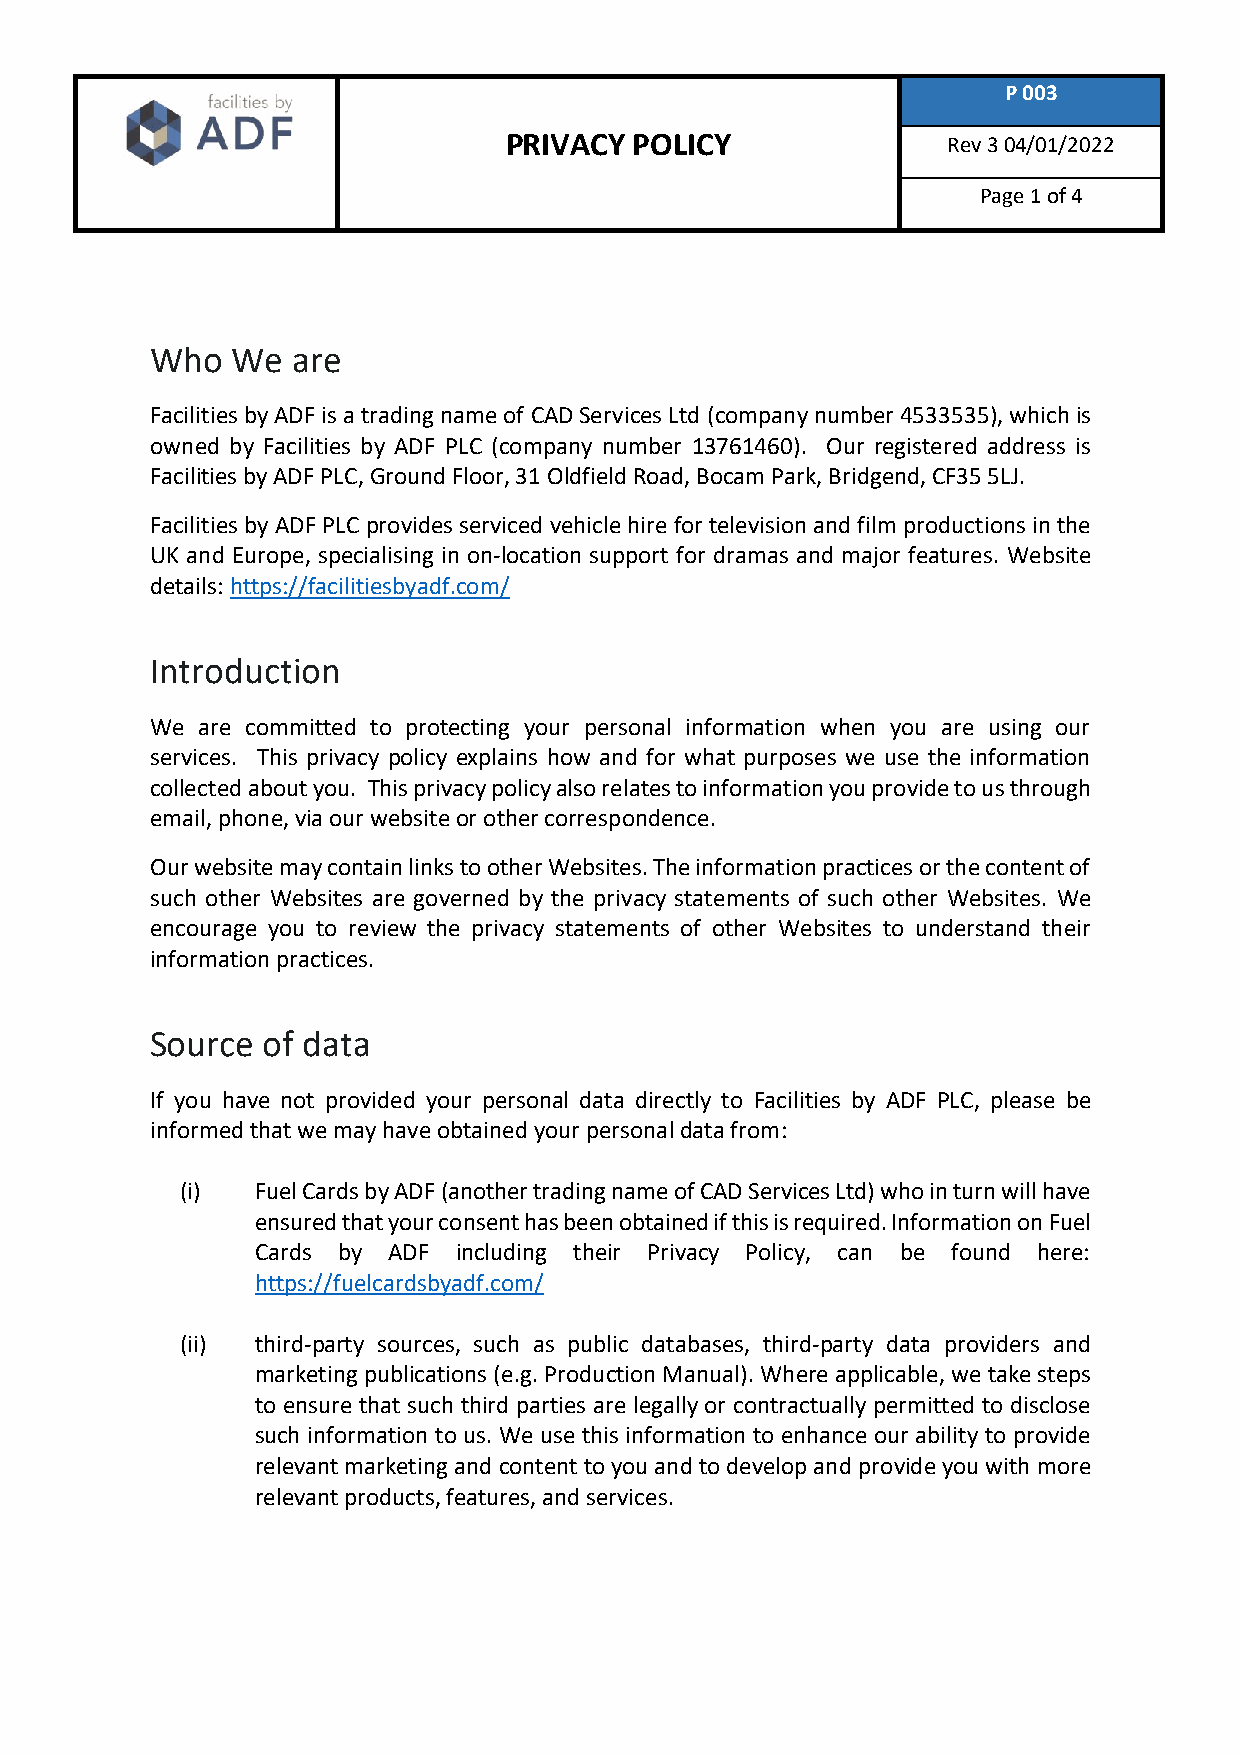
P 003
 PRIVACY  POLICY               Rev 3 04/01/2022
 Page 1 of 4
 Who  We  are
 Facilities by ADF is a trading name of CAD Services Ltd (company number 4533535), which is
 owned by Facilities by ADF PLC (company number 13761460). Our registered address is
 Facilities by ADF PLC, Ground Floor, 31 Oldfield Road, Bocam Park, Bridgend, CF35 5LJ.
 Facilities by ADF PLC provides serviced vehicle hire for television and film productions in the
 UK and Europe, specialising in on-location support for dramas and major features. Website
 details: https://facilitiesbyadf.com/
 Introduction
 We are committed to protecting your personal information when you are using our
 services. This privacy policy explains how and for what purposes we use the information
 collected about you. This privacy policy also relates to information you provide to us through
 email, phone, via our website or other correspondence.
 Our website may contain links to other Websites. The information practices or the content of
 such other Websites are governed by the privacy statements of such other Websites. We
 encourage you to review the privacy statements of other Websites to understand their
 information practices.
 Source of data
 If you have not provided your personal data directly to Facilities by ADF PLC, please be
 informed that we may have obtained your personal data from:
 (i)  Fuel Cards by ADF (another trading name of CAD Services Ltd) who in turn will have
 ensured that your consent has been obtained if this is required. Information on Fuel
 Cards by ADF including their Privacy Policy, can be found here:
 https://fuelcardsbyadf.com/
 (ii) third-party sources, such as public databases, third-party data providers and
 marketing publications (e.g. Production Manual). Where applicable, we take steps
 to ensure that such third parties are legally or contractually permitted to disclose
 such information to us. We use this information to enhance our ability to provide
 relevant marketing and content to you and to develop and provide you with more
 relevant products, features, and services.